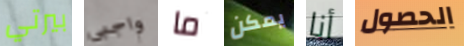
بيرتي واجبى ما يمكن أنا الحصول